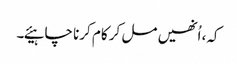
کہ، اُنھیں مل کر کام کرنا چاہیئے۔